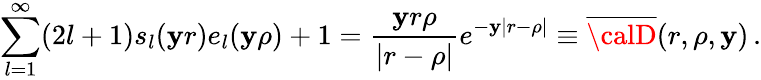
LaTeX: \sum_{l=1}^{\infty}(2l+1)s_{l}(\mathbf{y}r)e_{l}(\mathbf{y}\rho)+1=\frac{{\mathbf{y}r\rho}}{{|r-\rho|}}e^{-\mathbf{y}|r-\rho|}\equiv\overline{{{{\calD}}}}(r,\rho,\mathbf{y})\, {.}